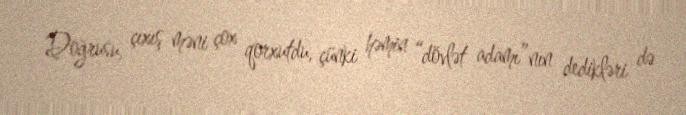
Doğrusu, çıxış məni çox qorxutdu, çünki həmin “dövlət adamı”nın dedikləri də